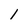
Character: 1